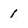
Character: 1